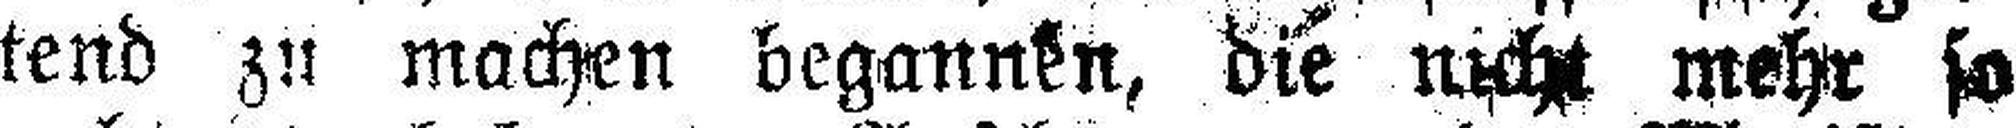
tend zu machen begannen, die nicht mehr so